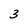
Character: 3